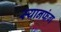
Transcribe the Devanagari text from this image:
स्यानफंग